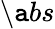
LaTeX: \setminus\mathtt{a}bs